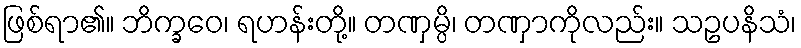
ဖြစ်ရာ၏။ ဘိက္ခဝေ၊ ရဟန်းတို့။ တဏှမ္ပိ၊ တဏှာကိုလည်း။ သဥပနိသံ၊